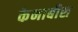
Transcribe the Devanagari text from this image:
केनाबीस